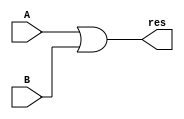
module OR_behav(res, A, B);
input A, B;
output res;
reg res;
always @ (A, B)
begin
	res = A | B;
end
endmodule